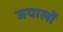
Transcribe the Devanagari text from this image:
जयालों